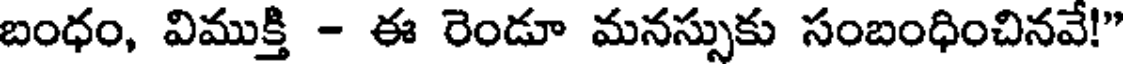
బంధం, విముక్తి - ఈ రెండూ మనస్సుకు సంబంధించినవే!"